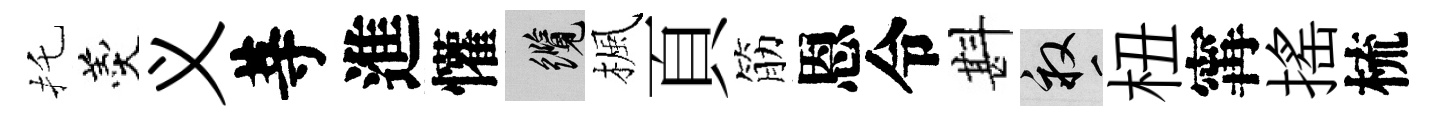
托羹义䓁進懽纜楓頁筋恩令斟畝杻𡩋揺梳